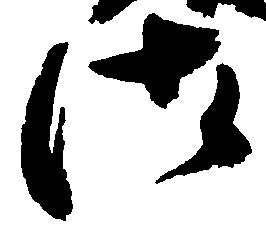
御